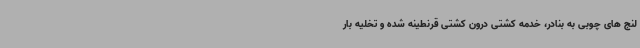
لنج های چوبی به بنادر، خدمه کشتی درون کشتی قرنطینه شده و تخلیه بار